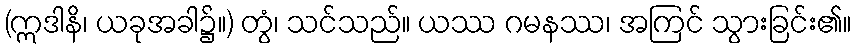
(ဣဒါနိ၊ ယခုအခါ၌။) တွံ၊ သင်သည်။ ယဿ ဂမနဿ၊ အကြင် သွားခြင်း၏။